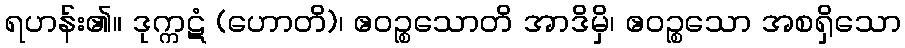
ရဟန်း၏။ ဒုက္ကဋံ (ဟောတိ)၊ ဧဝဉ္စသောတိ အာဒိမှိ၊ ဧဝဉ္စသော အစရှိသော